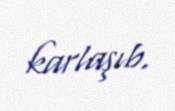
karlaşıb.